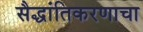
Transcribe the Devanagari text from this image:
सैद्धांतिकरणाचा